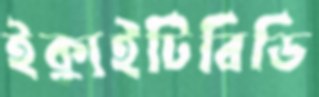
ইক্যুইটিবিডি